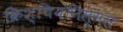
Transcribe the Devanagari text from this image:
क्रिश्चियनिस्मस